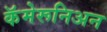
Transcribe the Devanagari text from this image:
कॅमेरूनिअन